Report of an investigation into the causes of malaria in Bombay and the measures necessary for its control
Disease focus: Malaria
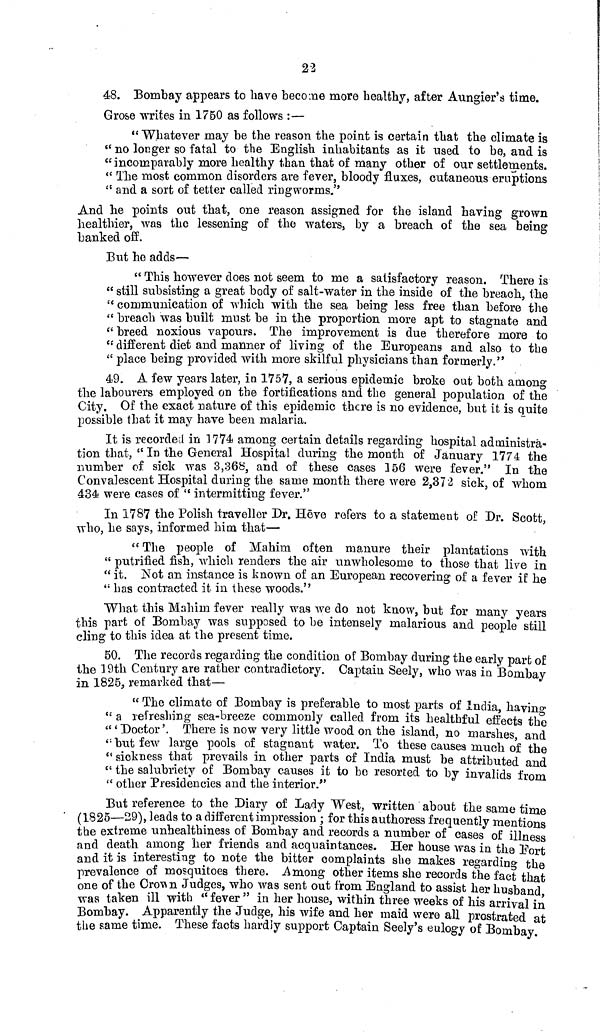
22
48. Bombay appears to have become more healthy, after Aungier's time.
Grose writes in 1750 as follows :—
" Whatever may be the reason the point is certain that the climate is
" no longer so fatal to the English inhabitants as it used to be, and is
" incomparably more healthy than that of many other of our settlements.
" The most common disorders are fever, bloody fluxes, cutaneous eruptions
" and a sort of tetter called ringworms."
And he points out that, one reason assigned for the island having grown
healthier, was the lessening of the waters, by a breach of the sea being
banked off.
But he adds—
" This however does not seem to me a satisfactory reason. There is
" still subsisting a great body of salt-water in the inside of the breach, the
" communication of which with the sea being less free than before the
" breach was built must be in the proportion more apt to stagnate and
" breed noxious vapours. The improvement is due therefore more to
" different diet and manner of living of the Europeans and also to the
" place being provided with more skilful physicians than formerly."
49. A few years later, in 1757, a serious epidemic broke out both among
the labourers employed on the fortifications and the general population of the
City. Of the exact nature of this epidemic there is no evidence, but it is quite
possible that it may have been malaria.
It is recorded in 1774 among certain details regarding hospital administra-
tion that, "In the General Hospital during the month of January 1774 the
number of sick was 3,368, and of these cases 156 were fever." In the
Convalescent Hospital during the same month there were 2,372 sick, of whom
434 were cases of " intermitting fever."
In 1787 the Polish traveller Dr. Hēve refers to a statement of Dr. Scott,
who, he says, informed him that—
"The people of Mahim often manure their plantations with
" putrified fish, which renders the air unwholesome to those that live in
" it. Not an instance is known of an European recovering of a fever if he
" has contracted it in these woods."
What this Mahim fever really was we do not know, but for many years
this part of Bombay was supposed to be intensely malarious and people still
cling to this idea at the present time.
50. The records regarding the condition of Bombay during the early part of
the 19th Century are rather contradictory. Captain Seely, who was in Bombay
in 1825, remarked that—
" The climate of Bombay is preferable to most parts of India, having
" a refreshing sea-breeze commonly called from its healthful effects the
" 'Doctor'. There is now very little wood on the island, no marshes and
" but few large pools of stagnant water. To these causes much of the
" sickness that prevails in other parts of India must be attributed and
" the salubriety of Bombay causes it to be resorted to by invalids from
" other Presidencies and the interior."
But reference to the Diary of Lady West, written about the same time
(1825—29), leads to a different impression ; for this authoress frequently mentions
the extreme unhealthiness of Bombay and records a number of cases of illness
and death among her friends and acquaintances. Her house was in the Fort
and it is interesting to note the bitter complaints she makes regarding the
prevalence of mosquitoes there. Among other items she records the fact that
one of the Crown Judges, who was sent out from England to assist her husband
was taken ill with "fever " in her house, within three weeks of his arrival in
Bombay. Apparently the Judge, his wife and her maid were all prostrated at
the same time. These facts hardly support Captain Seely's eulogy of Bombay